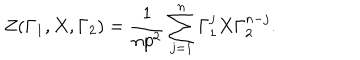
LaTeX: Z ( \Gamma _ { 1 } , X , \Gamma _ { 2 } ) = \frac { 1 } { n p ^ { 2 } } \sum _ { j = 1 } ^ { n } \Gamma _ { 1 } ^ { j } X \Gamma _ { 2 } ^ { n - j } .